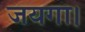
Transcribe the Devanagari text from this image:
जयगा।